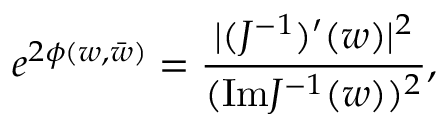
e ^ { 2 \phi ( w , \bar { w } ) } = { \frac { | ( J ^ { - 1 } ) ^ { \prime } ( w ) | ^ { 2 } } { ( \mathrm { I m } J ^ { - 1 } ( w ) ) ^ { 2 } } } ,